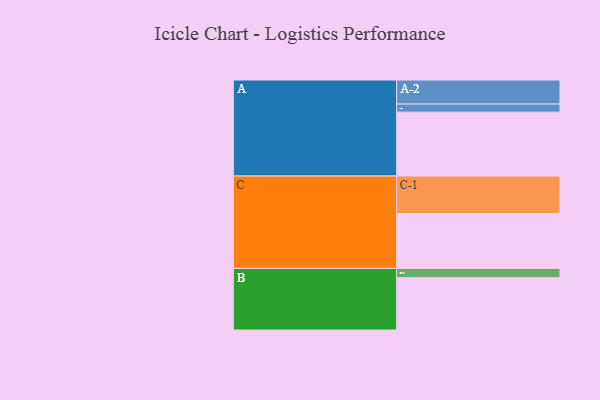
{"axis": {"x": "Segment", "y": "Value"}, "legend": ["", "A", "B", "C"], "data": [{"x": "A", "y": 475, "type": ""}, {"x": "B", "y": 389, "type": ""}, {"x": "C", "y": 407, "type": ""}, {"x": "A-1", "y": 60, "type": "A"}, {"x": "A-2", "y": 179, "type": "A"}, {"x": "B-1", "y": 69, "type": "B"}, {"x": "C-1", "y": 280, "type": "C"}]}